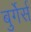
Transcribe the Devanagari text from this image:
बुर्गेर्स